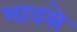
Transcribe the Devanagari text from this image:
भावसे